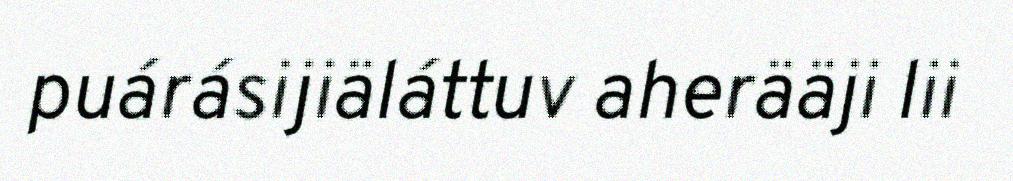
puárásijiäláttuv aherääji lii